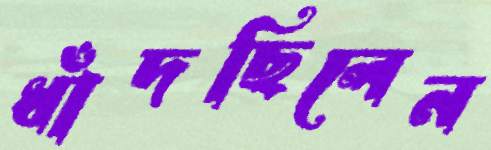
ধাঁদছিলেন